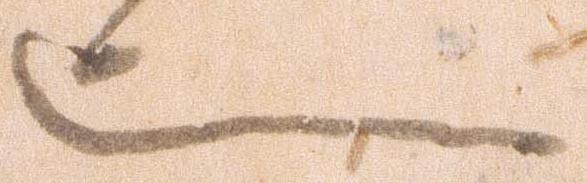
也